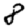
Digit: 8